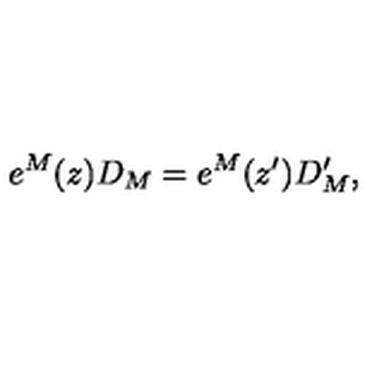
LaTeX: e ^ { M } ( z ) D _ { M } = e ^ { M } ( z ^ { \prime } ) D _ { M } ^ { \prime } ,